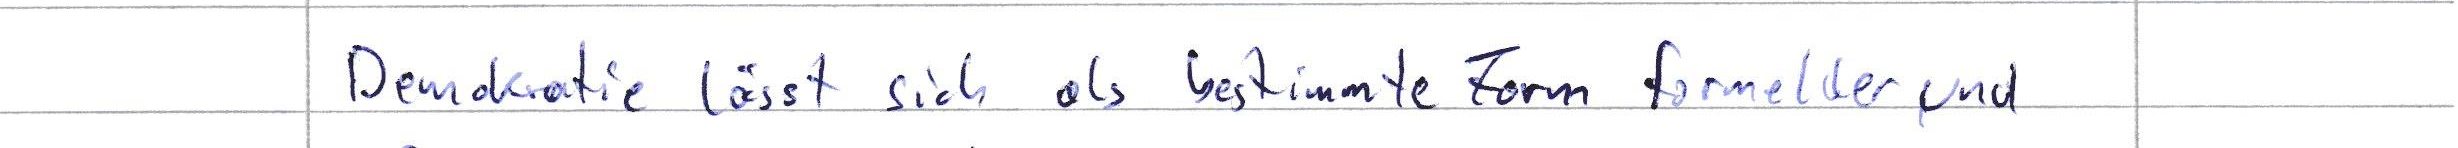
Demokratie lässt sich als bestimmte Form formeller und